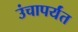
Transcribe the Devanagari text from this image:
उंचापर्यंत